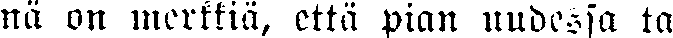
nä on merkkiä, että pian uudessa ta